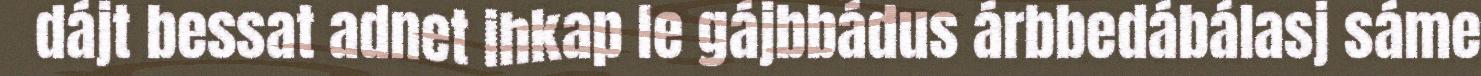
dájt bessat adnet ihkap le gájbbádus árbbedábálasj sáme